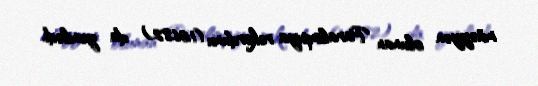
müəyyən olunan Paralimpiya rekordunu (1:06.82) da yenilədi.